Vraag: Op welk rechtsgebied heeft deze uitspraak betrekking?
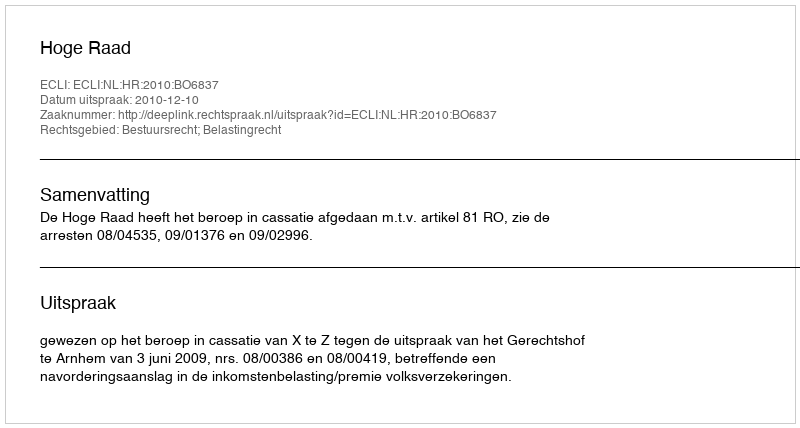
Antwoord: Bestuursrecht; Belastingrecht